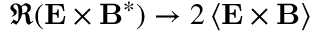
\Re ( \mathbf { E } \times \mathbf { B } ^ { * } ) \rightarrow 2 \left\langle \mathbf { E } \times \mathbf { B } \right\rangle